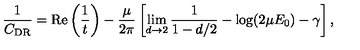
\frac { 1 } { C _ { \mathrm { D R } } } = \mathrm { R e } \left( \frac { 1 } { t } \right) - \frac { \mu } { 2 \pi } \left[ \lim _ { d \rightarrow 2 } \frac { 1 } { 1 - d / 2 } - \log ( 2 \mu E _ { 0 } ) - \gamma \right] ,